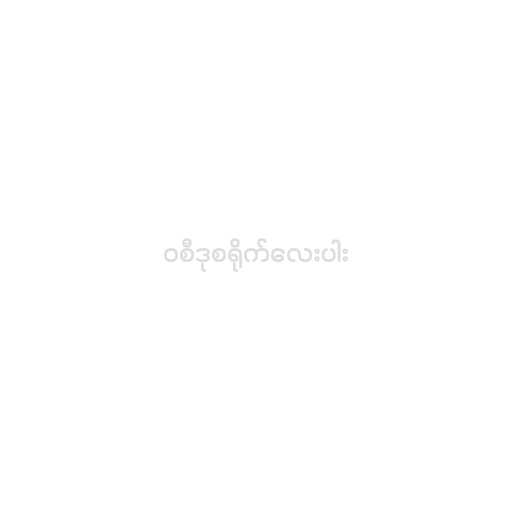
၀စီဒုစရိုက်လေးပါး